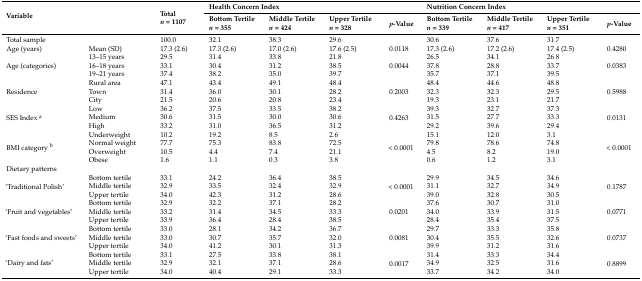
<table><thead><tr><td rowspan="2" colspan="2"><b>Variable</b></td><td rowspan="2"><b>Total <i>n</i> = 1107</b></td><td colspan="4"><b>Health Concern Index</b></td><td colspan="4"><b>Nutrition Concern Index</b></td></tr><tr><td><b>Bottom Tertile <i>n</i> = 355</b></td><td><b>Middle Tertile <i>n</i> = 424</b></td><td><b>Upper Tertile <i>n</i> = 328</b></td><td><b><i>p</i>-Value</b></td><td><b>Bottom Tertile <i>n</i> = 339</b></td><td><b>Middle Tertile <i>n</i> = 417</b></td><td><b>Upper Tertile <i>n</i> = 351</b></td><td><b><i>p</i>-Value</b></td></tr></thead><tbody><tr><td>Total sample</td><td></td><td>100.0</td><td>32.1</td><td>38.3</td><td>29.6</td><td></td><td>30.6</td><td>37.6</td><td>31.7</td><td></td></tr><tr><td>Age (years)</td><td>Mean (SD)</td><td>17.3 (2.6)</td><td>17.3 (2.6)</td><td>17.0 (2.6)</td><td>17.6 (2.5)</td><td>0.0118</td><td>17.3 (2.6)</td><td>17.2 (2.6)</td><td>17.4 (2.5)</td><td>0.4280</td></tr><tr><td rowspan="3">Age (categories)</td><td>13–15 years</td><td>29.5</td><td>31.4</td><td>33.8</td><td>21.8</td><td rowspan="3">0.0044</td><td>26.5</td><td>34.1</td><td>26.8</td><td rowspan="3">0.0383</td></tr><tr><td>16–18 years</td><td>33.1</td><td>30.4</td><td>31.2</td><td>38.5</td><td>37.8</td><td>28.8</td><td>33.7</td></tr><tr><td>19–21 years</td><td>37.4</td><td>38.2</td><td>35.0</td><td>39.7</td><td>35.7</td><td>37.1</td><td>39.5</td></tr><tr><td rowspan="3">Residence</td><td>Rural area</td><td>47.1</td><td>43.4</td><td>49.1</td><td>48.4</td><td rowspan="3">0.2003</td><td>48.4</td><td>44.6</td><td>48.8</td><td rowspan="3">0.5988</td></tr><tr><td>Town </td><td>31.4</td><td>36.0</td><td>30.1</td><td>28.2</td><td>32.3</td><td>32.3</td><td>29.5</td></tr><tr><td>City </td><td>21.5</td><td>20.6</td><td>20.8</td><td>23.4</td><td>19.3</td><td>23.1</td><td>21.7</td></tr><tr><td rowspan="3">SES Index <sup>a</sup></td><td>Low</td><td>36.2</td><td>37.5</td><td>33.5</td><td>38.2</td><td rowspan="3">0.4263</td><td>39.3</td><td>32.7</td><td>37.3</td><td rowspan="3">0.0131</td></tr><tr><td>Medium</td><td>30.6</td><td>31.5</td><td>30.0</td><td>30.6</td><td>31.5</td><td>27.7</td><td>33.3</td></tr><tr><td>High</td><td>33.2</td><td>31.0</td><td>36.5</td><td>31.2</td><td>29.2</td><td>39.6</td><td>29.4</td></tr><tr><td rowspan="4">BMI category <sup>b</sup></td><td>Underweight </td><td>10.2</td><td>19.2</td><td>8.5</td><td>2.6</td><td rowspan="4">&lt; 0.0001</td><td>15.1</td><td>12.0</td><td>3.1</td><td rowspan="4">&lt; 0.0001</td></tr><tr><td>Normal weight </td><td>77.7</td><td>75.3</td><td>83.8</td><td>72.5</td><td>79.8</td><td>78.6</td><td>74.8</td></tr><tr><td>Overweight </td><td>10.5</td><td>4.4</td><td>7.4</td><td>21.1</td><td>4.5</td><td>8.2</td><td>19.0</td></tr><tr><td>Obese </td><td>1.6</td><td>1.1</td><td>0.3</td><td>3.8</td><td>0.6</td><td>1.2</td><td>3.1</td></tr><tr><td>Dietary patterns</td><td></td><td></td><td></td><td></td><td></td><td></td><td></td><td></td><td></td><td></td></tr><tr><td rowspan="3">‘Traditional Polish’</td><td>Bottom tertile</td><td>33.1</td><td>24.2</td><td>36.4</td><td>38.5</td><td rowspan="3">&lt; 0.0001</td><td>29.9</td><td>34.5</td><td>34.6</td><td rowspan="3">0.1787</td></tr><tr><td>Middle tertile</td><td>32.9</td><td>33.5</td><td>32.4</td><td>32.9</td><td>31.1</td><td>32.7</td><td>34.9</td></tr><tr><td>Upper tertile</td><td>34.0</td><td>42.3</td><td>31.2</td><td>28.6</td><td>39.0</td><td>32.8</td><td>30.5</td></tr><tr><td rowspan="3">‘Fruit and vegetables’</td><td>Bottom tertile</td><td>32.9</td><td>32.2</td><td>37.1</td><td>28.2</td><td rowspan="3">0.0201</td><td>37.6</td><td>30.7</td><td>31.0</td><td rowspan="3">0.0771</td></tr><tr><td>Middle tertile</td><td>33.2</td><td>31.4</td><td>34.5</td><td>33.3</td><td>34.0</td><td>33.9</td><td>31.5</td></tr><tr><td>Upper tertile</td><td>33.9</td><td>36.4</td><td>28.4</td><td>38.5</td><td>28.4</td><td>35.4</td><td>37.5</td></tr><tr><td rowspan="3">‘Fast foods and sweets’</td><td>Bottom tertile</td><td>33.0</td><td>28.1</td><td>34.2</td><td>36.7</td><td rowspan="3">0.0081</td><td>29.7</td><td>33.3</td><td>35.8</td><td rowspan="3">0.0737</td></tr><tr><td>Middle tertile</td><td>33.0</td><td>30.7</td><td>35.7</td><td>32.0</td><td>30.4</td><td>35.5</td><td>32.6</td></tr><tr><td>Upper tertile</td><td>34.0</td><td>41.2</td><td>30.1</td><td>31.3</td><td>39.9</td><td>31.2</td><td>31.6</td></tr><tr><td rowspan="3">‘Dairy and fats’</td><td>Bottom tertile</td><td>33.1</td><td>27.5</td><td>33.8</td><td>38.1</td><td rowspan="3">0.0017</td><td>31.4</td><td>33.3</td><td>34.4</td><td rowspan="3">0.8899</td></tr><tr><td>Middle tertile</td><td>32.9</td><td>32.1</td><td>37.1</td><td>28.6</td><td>34.9</td><td>32.5</td><td>31.6</td></tr><tr><td>Upper tertile</td><td>34.0</td><td>40.4</td><td>29.1</td><td>33.3</td><td>33.7</td><td>34.2</td><td>34.0</td></tr></tbody></table>